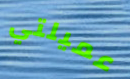
عميلتي